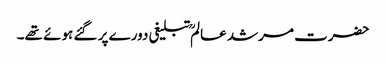
حضرت مرشد عالمؒ تبلیغی دورے پر گئے ہوئے تھے۔